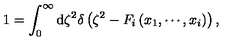
1 = \int _ { 0 } ^ { \infty } \mathrm { d } \zeta ^ { 2 } \delta \left( \zeta ^ { 2 } - F _ { i } \left( x _ { 1 } , \cdots , x _ { i } \right) \right) ,